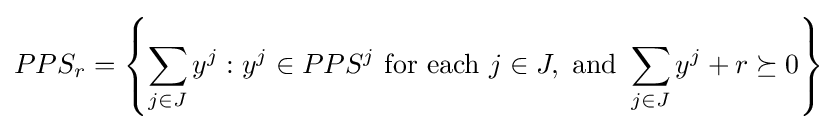
PPS_{r}=\left\{\sum _{j\in J}y^{j}:y^{j}\in PPS^{j}{\text{ for each }}j\in J,{\text{ and }}\sum _{j\in J}y^{j}+r\succeq 0\right\}